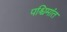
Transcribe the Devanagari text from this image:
पश्चिमांत